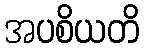
အပစိယတိ